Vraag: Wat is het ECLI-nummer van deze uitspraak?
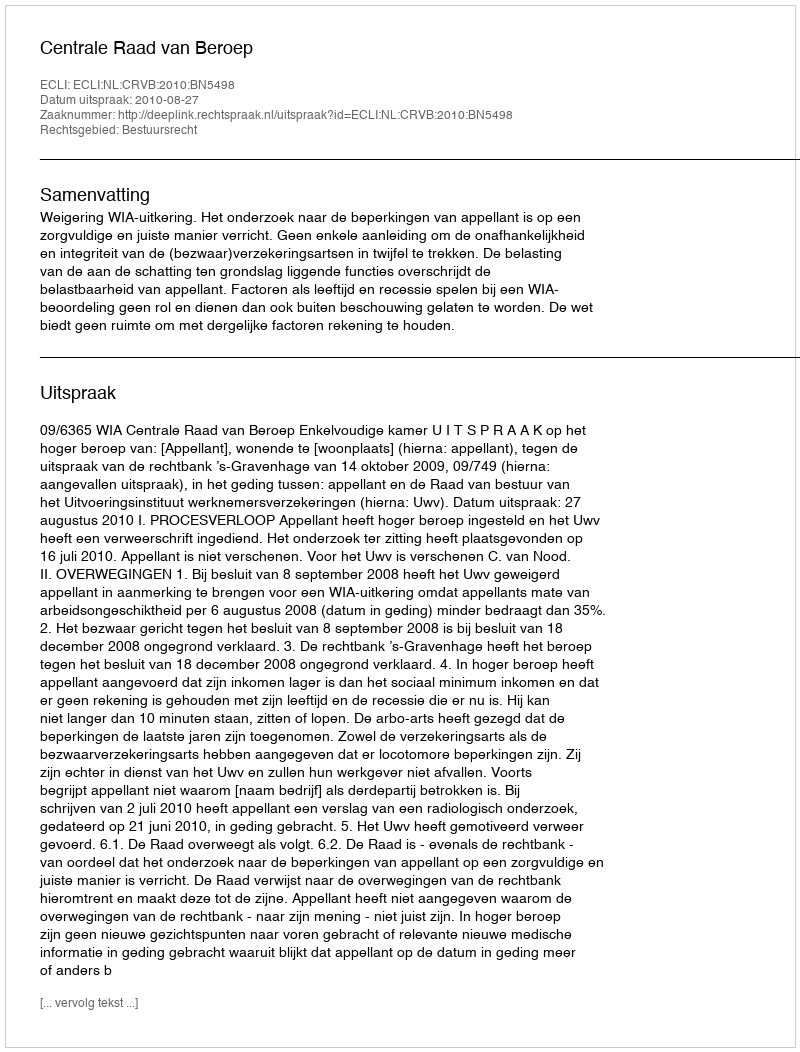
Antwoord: ECLI:NL:CRVB:2010:BN5498